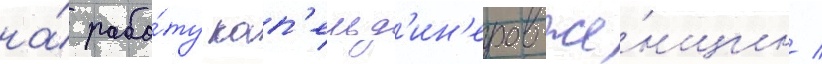
на́ рабо́ту кап'ельд'ин'еров-же́нщин /